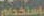
باستخدام